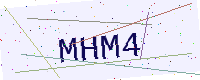
Text: MHM4